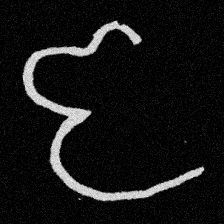
Pyu character \u2014 Myanmar letter: ဇ (romanized: ja)